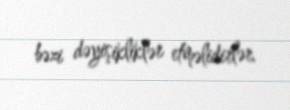
bəzi dəyişikliklər etməlidirlər.